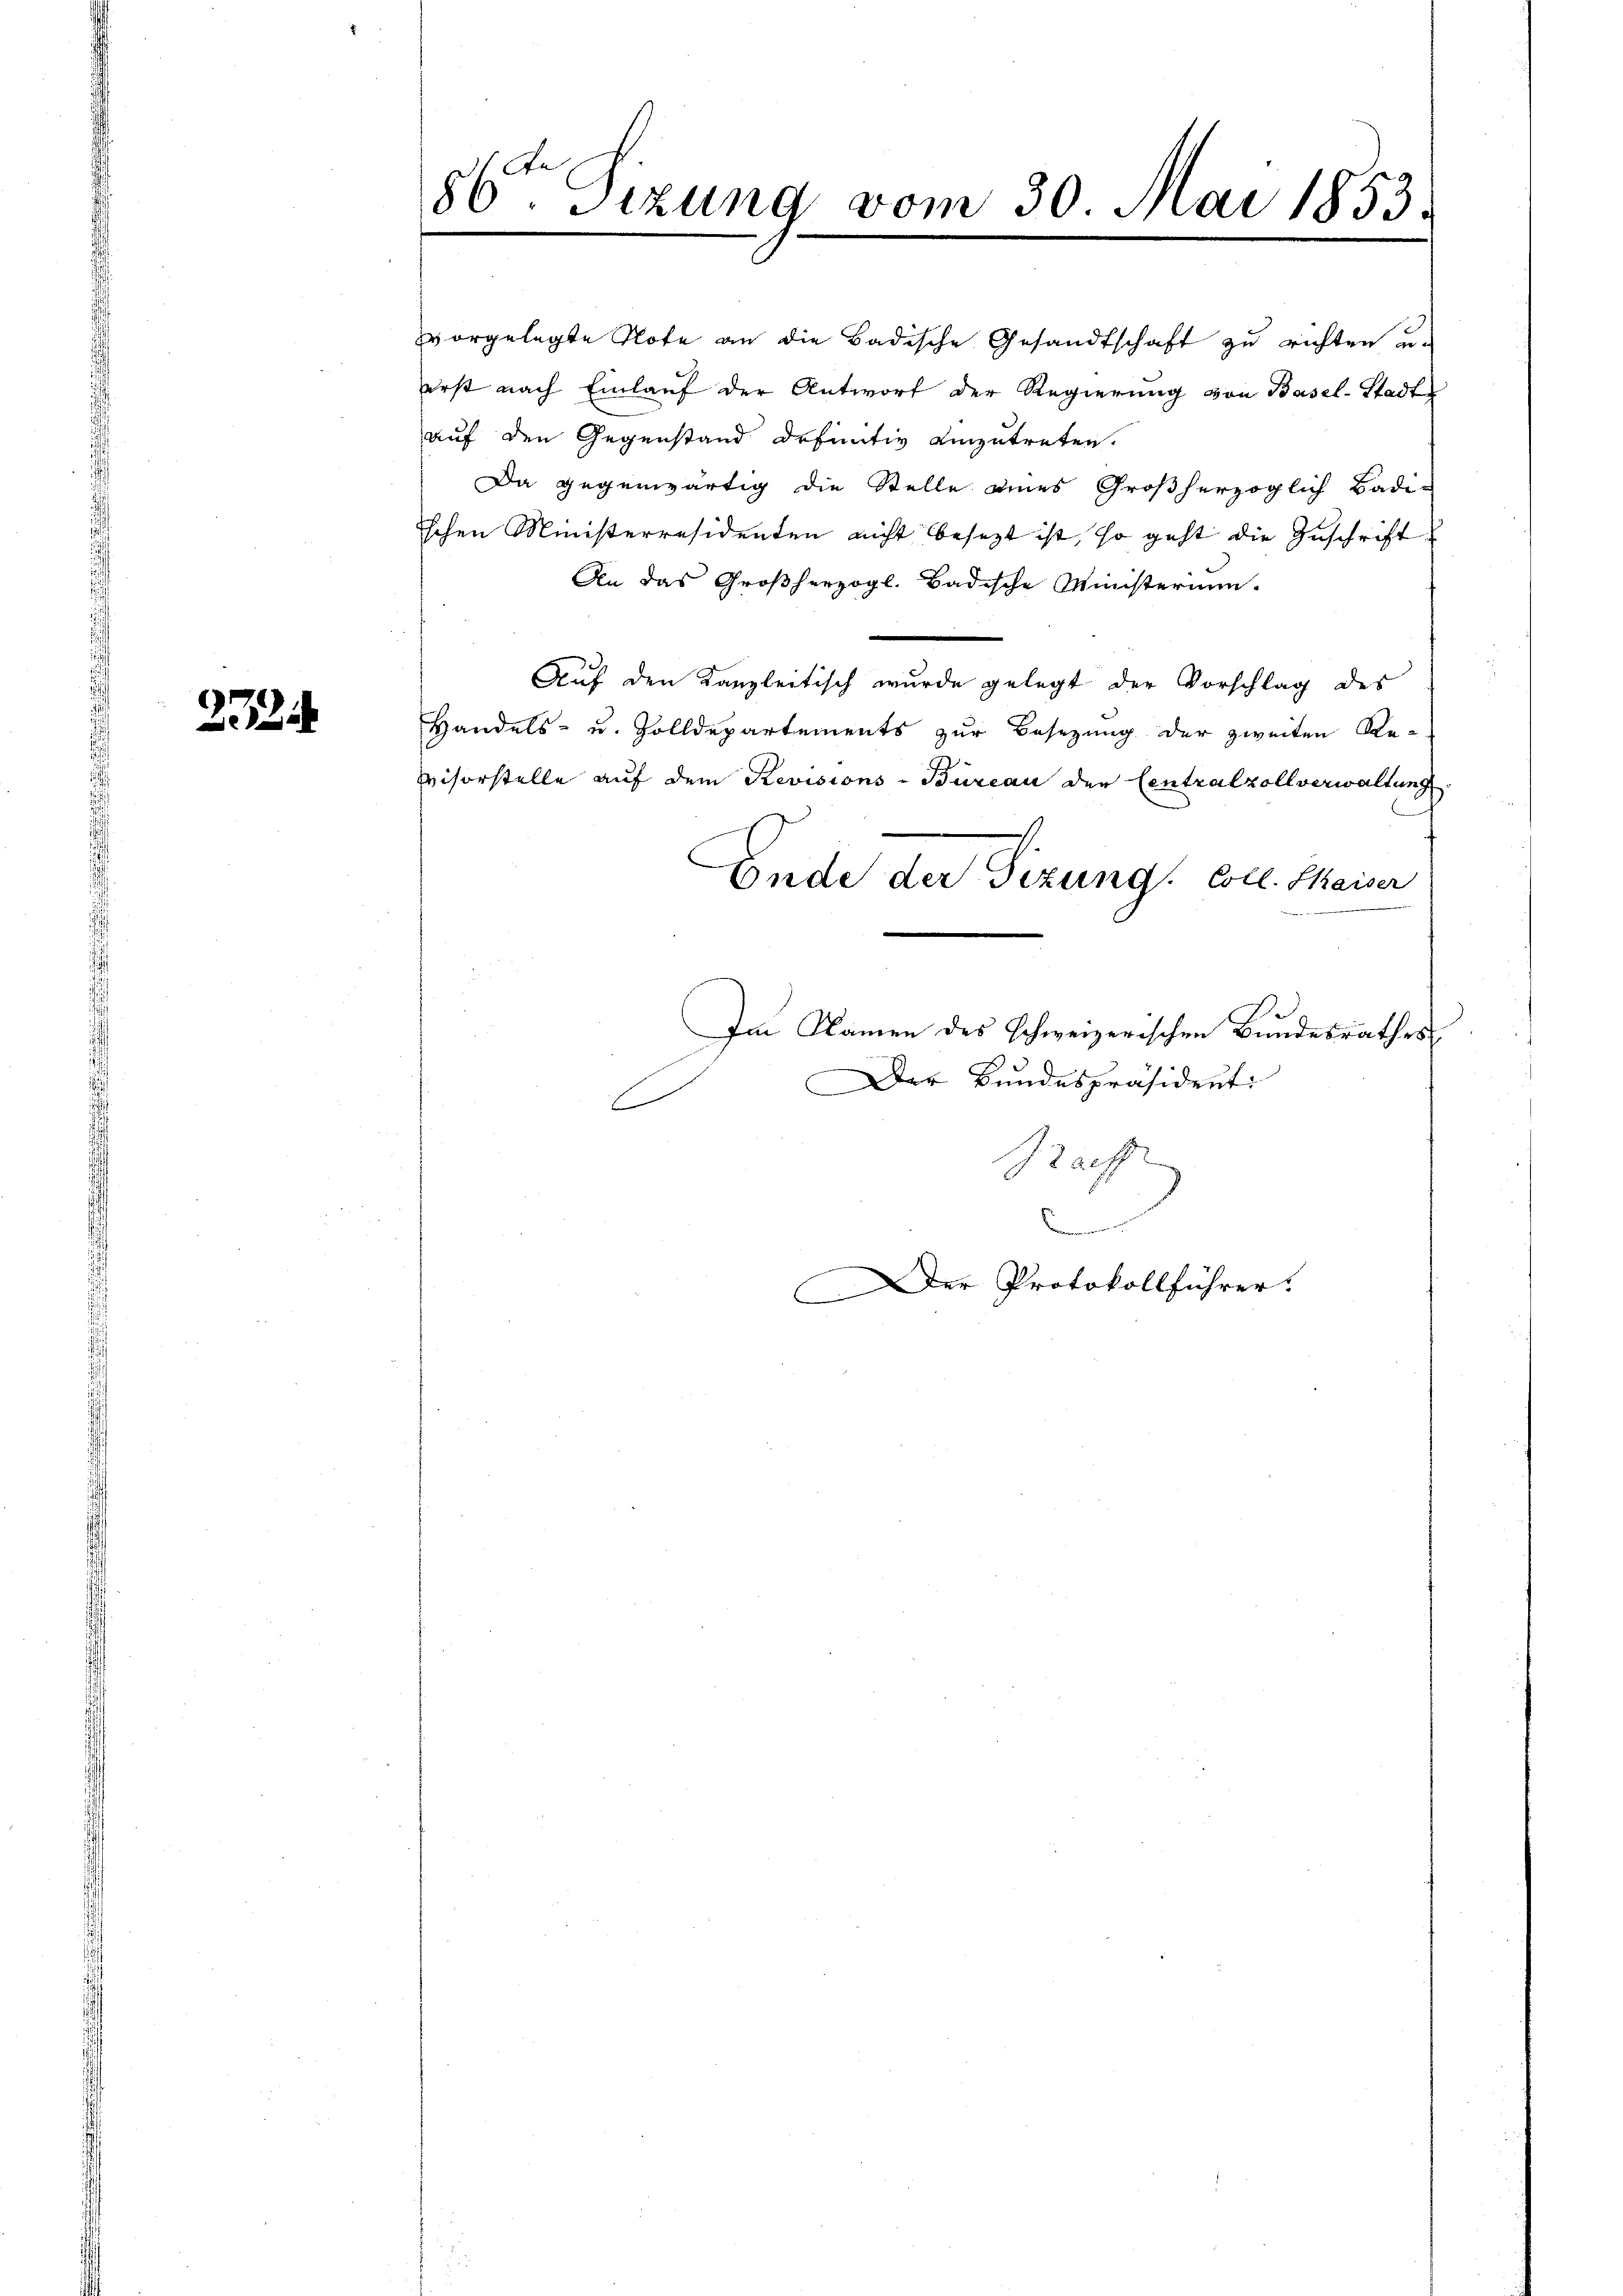
22

vorgelegte Note an die Badische Gesandtschaft zu richten u.
erst nach Einlauf der Antwort der Regierung von Basel-Stadt
auf den Gegenstand definitiv einzutreten.
Da gegenwärtig die Stelle eines Großherzoglich Badischen Ministerresidenten nicht besezt ist, so geht die Zuschrift
An das Großherzogl. Badische Ministerium.
Auf den Kanzleitisch wurde gelegt der Vorschlag des
Handels- u. Zolldepartements zur Besezung der zweiten Re-
visorstelle auf dem Revisions-Büreau der Centralzollverwaltung
Ende der Sizung. Coll. Maiser
Im Namen des schweizerischen Bundesrathes
Der Bundespräsident
E
Zaff
Denen meinen
Der Protokollführer.

86ten Sizung vom 30. Mai 1853.